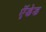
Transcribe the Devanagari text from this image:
ऍडेड